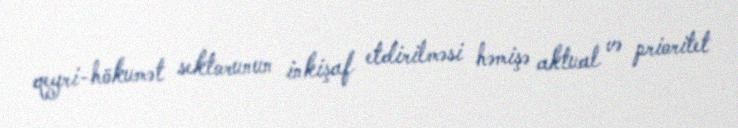
qeyri-hökumət sektorunun inkişaf etdirilməsi həmişə aktual və prioritet